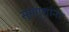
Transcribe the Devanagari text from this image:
सुप्तगुणांना